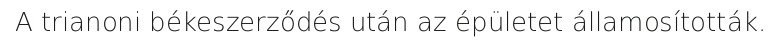
A trianoni békeszerződés után az épületet államosították.